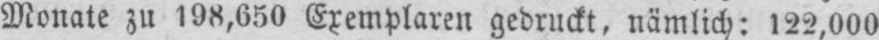
Monate zu 198,650 Exemplaren gedruckt, nämlich: 122,000